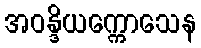
အဝန္ဒိယက္ကောသေန